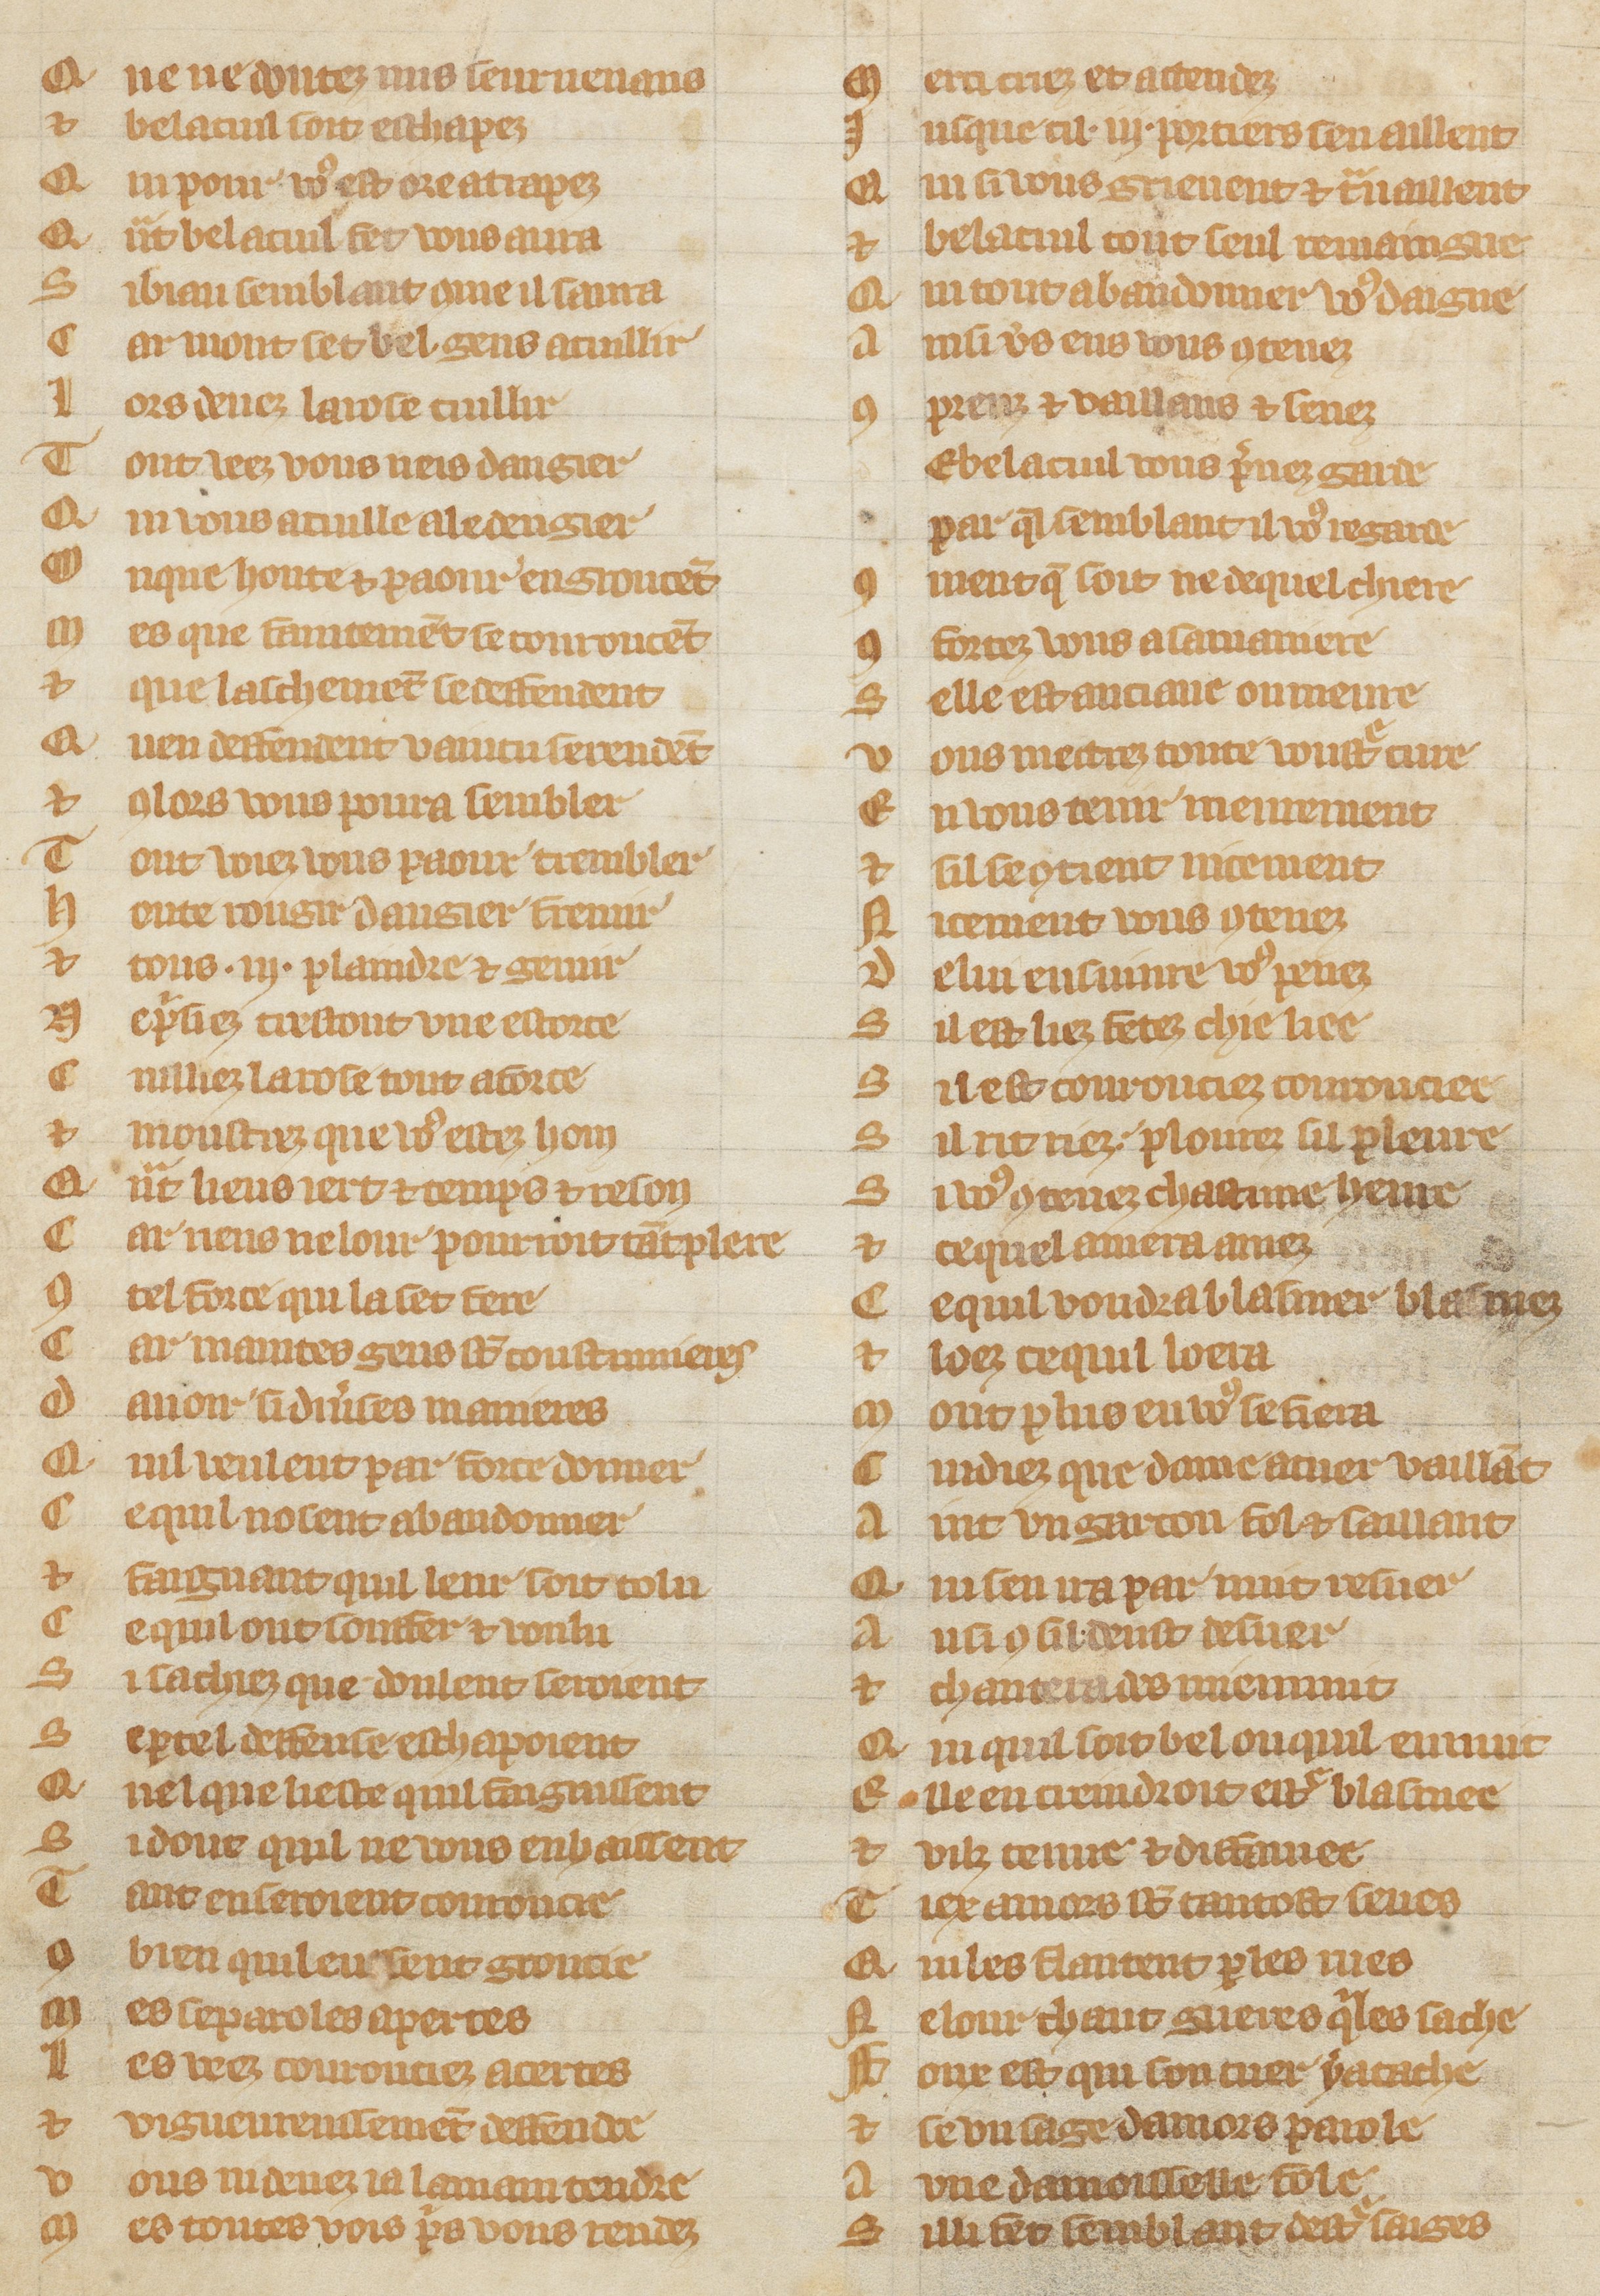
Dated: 1300–1349